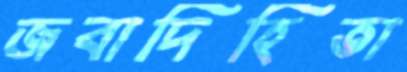
জবাদিহিতা